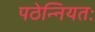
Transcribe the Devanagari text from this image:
पठेन्नियतः